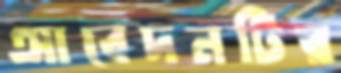
আবেদনটির